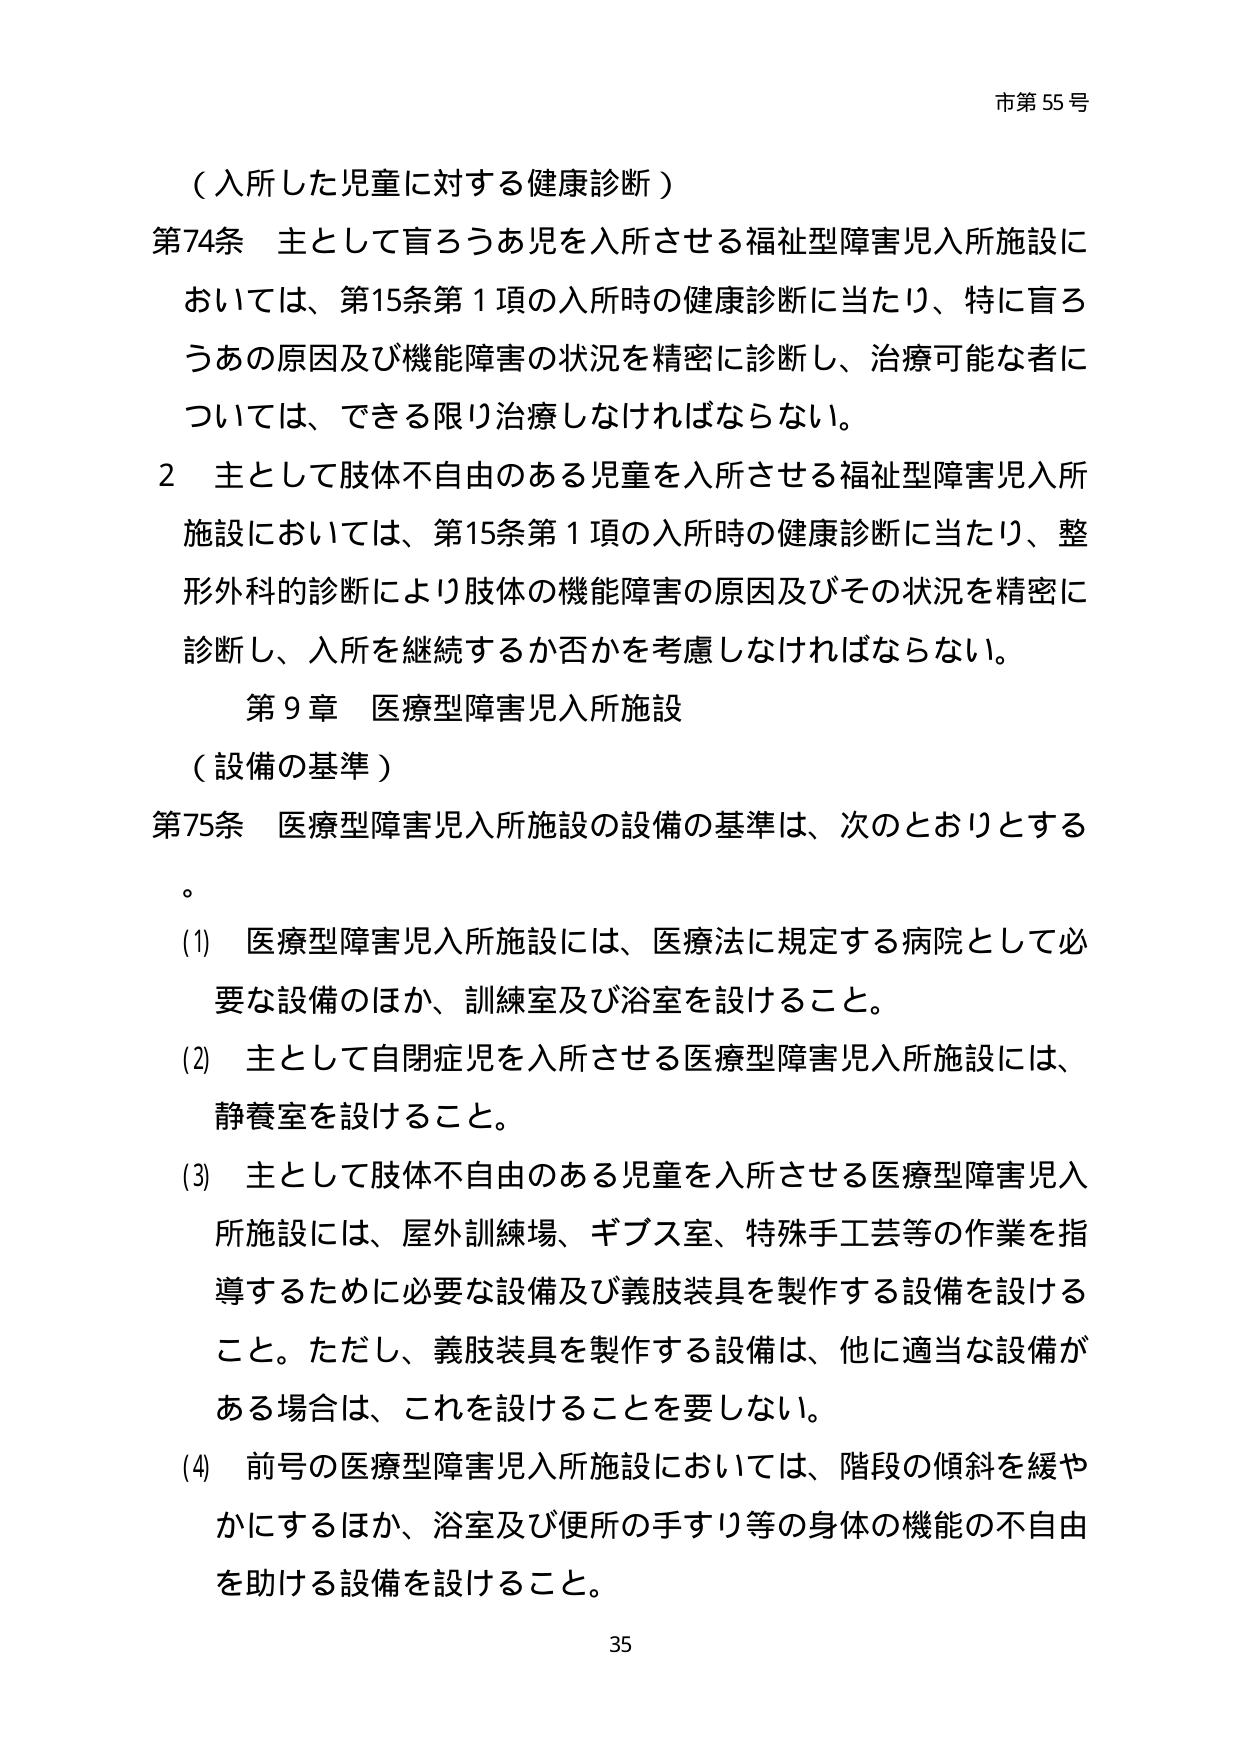
市第55号

（入所した児童に対する健康診断）

第74条 主として盲ろうあ児を入所させる福祉型障害児入所施設においては、第15条第1項の入所時の健康診断に当たり、特に盲ろうあの原因及び機能障害の状況を精密に診断し、治療可能な者については、できる限り治療しなければならない。

2 主として肢体不自由のある児童を入所させる福祉型障害児入所施設においては、第15条第1項の入所時の健康診断に当たり、整形外科的診断により肢体の機能障害の原因及びその状況を精密に診断し、入所を継続するか否かを考慮しなければならない。

第9章 医療型障害児入所施設

（設備の基準）

第75条 医療型障害児入所施設の設備の基準は、次のとおりとする。

(1) 医療型障害児入所施設には、医療法に規定する病院として必要な設備のほか、訓練室及び浴室を設けること。

(2) 主として自閉症児を入所させる医療型障害児入所施設には、静養室を設けること。

(3) 主として肢体不自由のある児童を入所させる医療型障害児入所施設には、屋外訓練場、ギブス室、特殊手工芸等の作業を指導するために必要な設備及び義肢装具を製作する設備を設けること。ただし、義肢装具を製作する設備は、他に適当な設備がある場合は、これを設けることを要しない。

(4) 前号の医療型障害児入所施設においては、階段の傾斜を緩やかにするほか、浴室及び便所の手すり等の身体の機能の不自由を助ける設備を設けること。

35